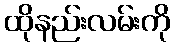
ထိုနည်းလမ်းကို